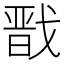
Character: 戬